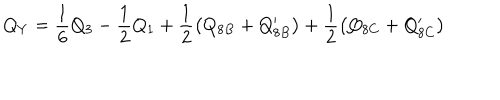
LaTeX: Q _ { Y } = \frac { 1 } { 6 } Q _ { 3 } - \frac { 1 } { 2 } Q _ { 1 } + \frac { 1 } { 2 } \left( Q _ { 8 B } + Q _ { 8 B } ^ { \prime } \right) + \frac { 1 } { 2 } \left( Q _ { 8 C } + Q _ { 8 C } ^ { \prime } \right)